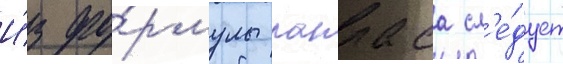
И́з фо́рмулы лапласа сл'е́дует